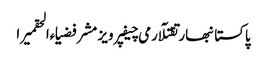
پاکستانبھارتقتلآرمی چیفپرویز مشرفضیاءالحقمیرا